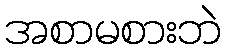
အစာမစားဘဲ